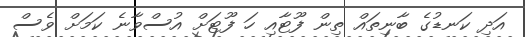
އަދި ކަނޑުގެ ބާނިތައް ތިން ފޫޓާއި ހަ ފޫޓަށް އުސްވާނެ ކަމަށް ވެސް